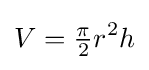
V={\tfrac {\pi }{2}}r^{2}h